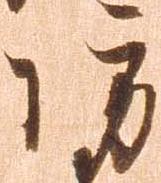
防